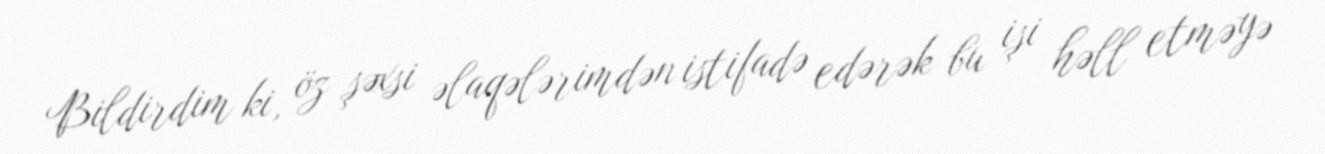
Bildirdim ki, öz şəxsi əlaqələrimdən istifadə edərək bu işi həll etməyə